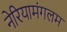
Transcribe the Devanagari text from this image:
नेरियामंगलम